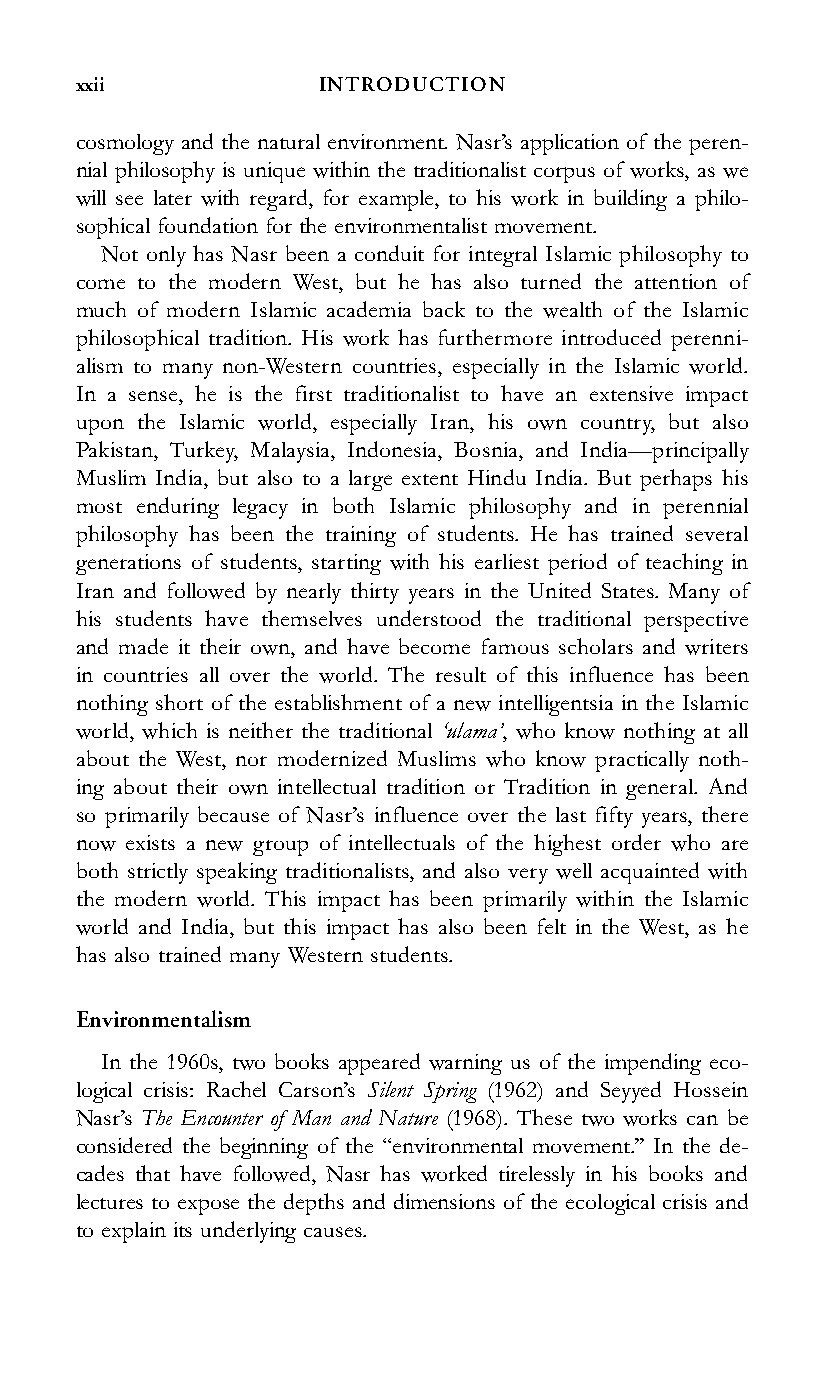
xxii            INTRODUCTION
 cosmology and the natural environment. Nasr’s application of the peren-
 nial philosophy is unique within the traditionalist corpus of works, as we
 will see later with regard, for example, to his work in building a philo-
 sophical foundation for the environmentalist movement.
 Not only has Nasr been a conduit for integral Islamic philosophy to
 come to the modern West, but he has also turned the attention of
 much of modern Islamic academia back to the wealth of the Islamic
 philosophical tradition. His work has furthermore introduced perenni-
 alism to many non-Western countries, especially in the Islamic world.
 In a sense, he is the first traditionalist to have an extensive impact
 upon the Islamic world, especially Iran, his own country, but also
 Pakistan, Turkey, Malaysia, Indonesia, Bosnia, and India—principally
 Muslim India, but also to a large extent Hindu India. But perhaps his
 most enduring legacy in both Islamic philosophy and in perennial
 philosophy has been the training of students. He has trained several
 generations of students, starting with his earliest period of teaching in
 Iran and followed by nearly thirty years in the United States. Many of
 his students have themselves understood the traditional perspective
 and made it their own, and have become famous scholars and writers
 in countries all over the world. The result of this influence has been
 nothing short of the establishment of a new intelligentsia in the Islamic
 world, which is neither the traditional ‘ulama’, who know nothing at all
 about the West, nor modernized Muslims who know practically noth-
 ing about their own intellectual tradition or Tradition in general. And
 so primarily because of Nasr’s influence over the last fifty years, there
 now exists a new group of intellectuals of the highest order who are
 both strictly speaking traditionalists, and also very well acquainted with
 the modern world. This impact has been primarily within the Islamic
 world and India, but this impact has also been felt in the West, as he
 has also trained many Western students.
 Environmentalism
 In the 1960s, two books appeared warning us of the impending eco-
 logical crisis: Rachel Carson’s Silent Spring (1962) and Seyyed Hossein
 Nasr’s The Encounter of Man and Nature (1968). These two works can be
 considered the beginning of the ‘‘environmental movement.’’ In the de-
 cades that have followed, Nasr has worked tirelessly in his books and
 lectures to expose the depths and dimensions of the ecological crisis and
 to explain its underlying causes.